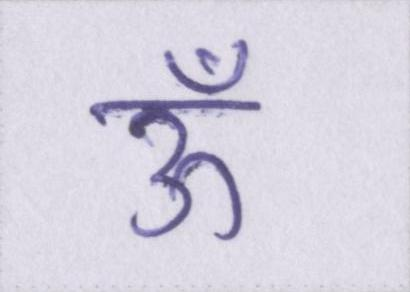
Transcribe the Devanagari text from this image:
ऊँ